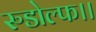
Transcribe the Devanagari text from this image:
रुडोल्फ।।